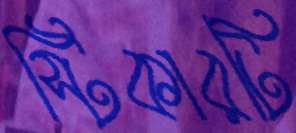
স্টিকারটি